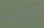
بجراحة